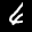
Label: 6